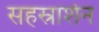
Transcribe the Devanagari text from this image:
सहस्रांशेन